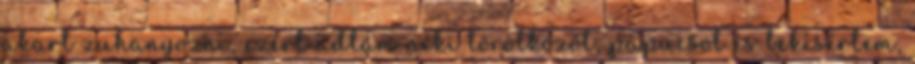
akart zuhanyozni, ezért adtam neki törölközőt, papucsot és bekísértem,